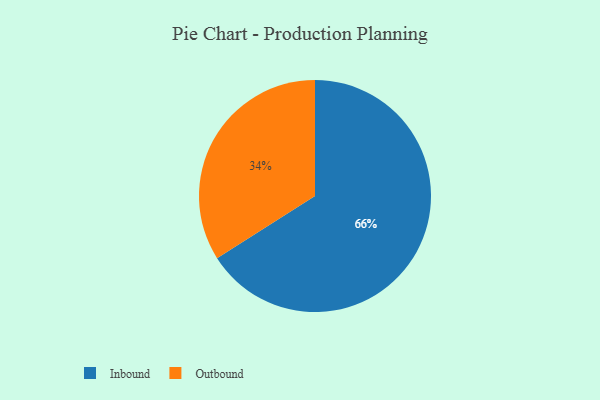
{"axis": {"x": "Category", "y": "Percentage"}, "legend": ["Inbound", "Outbound"], "data": [{"x": "Outbound", "y": 34, "type": "Outbound"}, {"x": "Inbound", "y": 66, "type": "Inbound"}]}